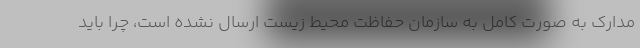
مدارک به صورت کامل به سازمان حفاظت محیط زیست ارسال نشده است، چرا باید